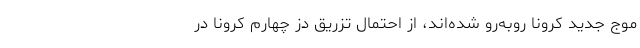
موج جدید کرونا روبه‌رو شده‌اند، از احتمال تزریق دز چهارم کرونا در